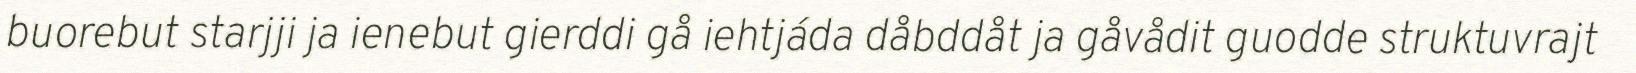
buorebut starjji ja ienebut gierddi gå iehtjáda dåbddåt ja gåvådit guodde struktuvrajt